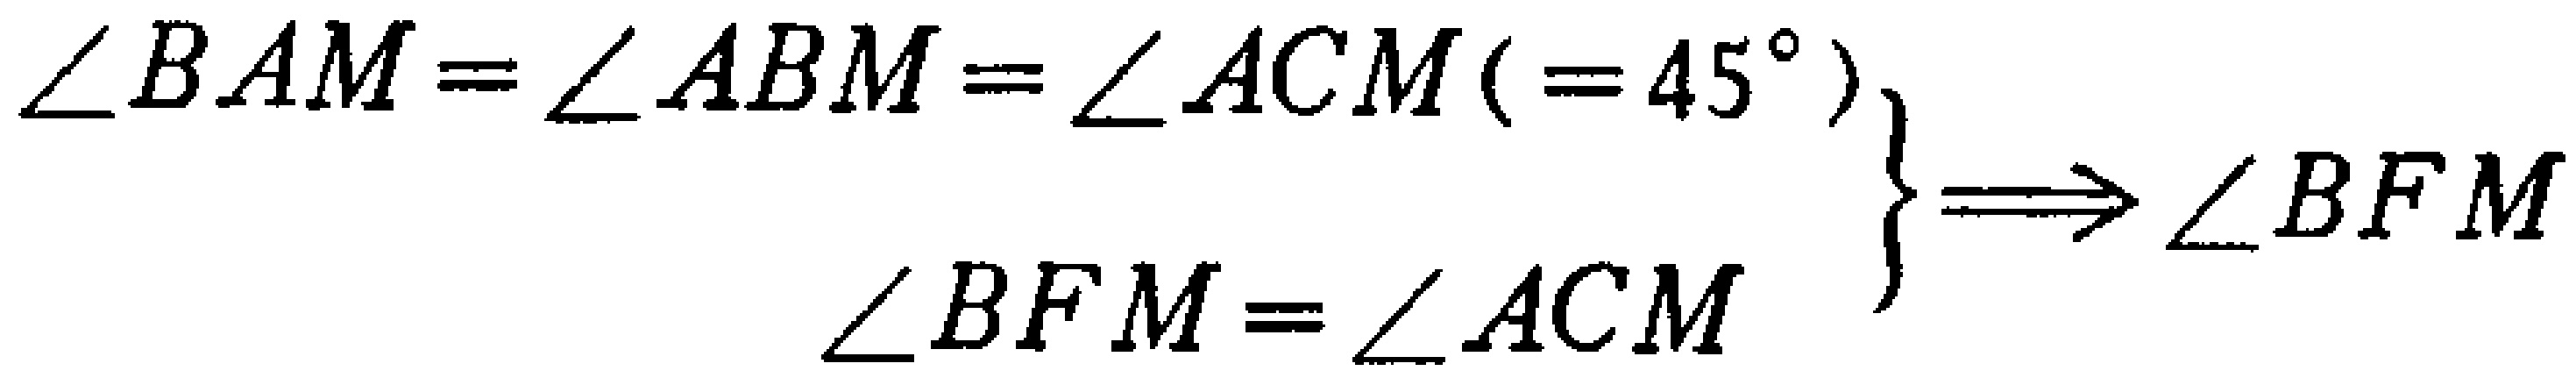
\[\left.\begin{array}{l}

\angle BAM = \angle ABM=\angle ACM( = 45^{\circ})\\

\angle BFM=\angle ACM

\end{array}\right\}\Longrightarrow\angle BFM\]